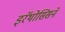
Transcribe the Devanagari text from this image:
इरॅथोसिसने